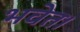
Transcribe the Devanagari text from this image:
भवेत।